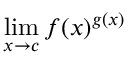
\operatorname* { l i m } _ { x \to c } f ( x ) ^ { g ( x ) }